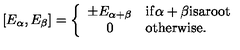
[ E _ { \alpha } , E _ { \beta } ] = \left\{ \begin{array} { c l } { \pm E _ { \alpha + \beta } } & { \mathrm { i f \alpha + \beta i s a r o o t } } \\ { 0 } & { \mathrm { o t h e r w i s e } . } \\ \end{array} \right.